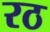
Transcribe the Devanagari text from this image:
रठ